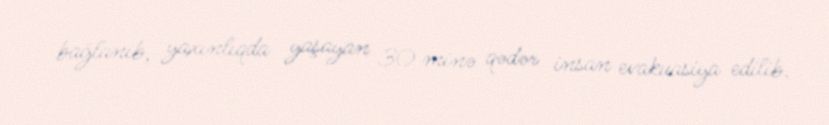
bağlanıb, yaxınlıqda yaşayan 30 minə qədər insan evakuasiya edilib.